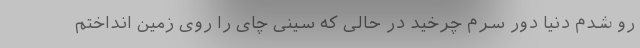
رو شدم دنیا دور سرم چرخید در حالی که سینی چای را روی زمین انداختم